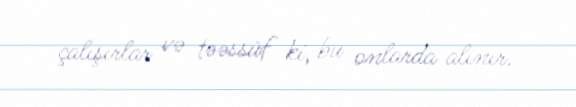
çalışırlar və təəssüf ki, bu onlarda alınır.